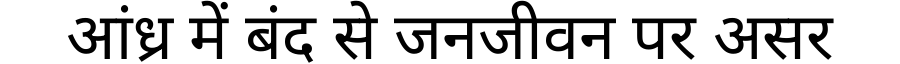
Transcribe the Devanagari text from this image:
आंध्र में बंद से जनजीवन पर असर